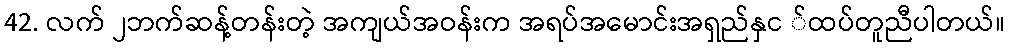
42. လက် ၂ဘက်ဆန့်တန်းတဲ့ အကျယ်အဝန်းက အရပ်အမောင်းအရှည်နှင ်ထပ်တူညီပါတယ်။